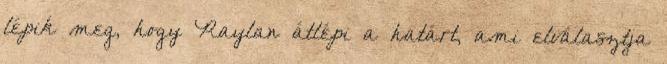
lépik meg, hogy Raylan átlépi a határt, ami elválasztja